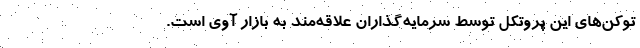
توکن‌های این پروتکل توسط سرمایه‌گذاران علاقه‌مند به بازار آوی است.